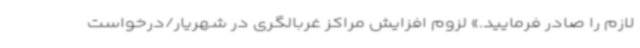
لازم را صادر فرمایید.» لزوم افزایش مراکز غربالگری در شهریار/درخواست